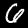
Digit: 6